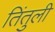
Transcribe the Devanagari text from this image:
तिंतुली